Report of an investigation into the causes of malaria in Bombay and the measures necessary for its control
Disease focus: Malaria
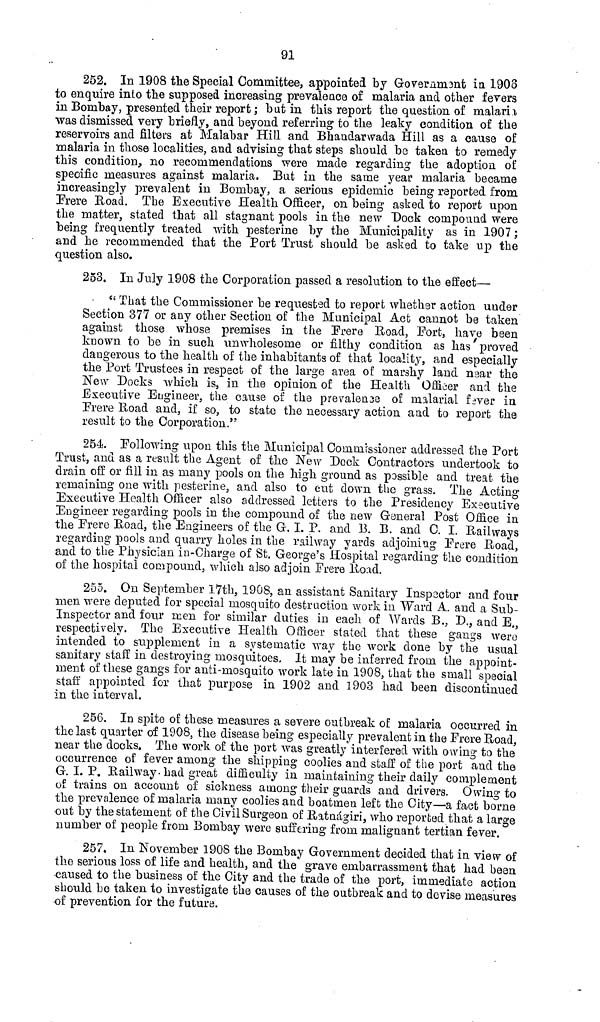
91
252. In 1908 the Special Committee, appointed by Government in 1908
to enquire into the supposed increasing prevalence of malaria and other fevers
in Bombay, presented their report ; but in this report the question of malaria
was dismissed very briefly, and beyond referring to the leaky condition of the
reservoirs and filters at Malabar Hill and Bhaudarwada Hill as a cause of
malaria in those localities, and advising that steps should be taken to remedy
this condition, no recommendations were made regarding the adoption of
specific measures against malaria. Bat in the same year malaria became
increasingly prevalent in Bombay, a serious epidemic being reported from
Frere Road. The Executive Health Officer, on being asked to report upon
the matter, stated that all stagnant pools in the new Dock compound were
being frequently treated with pesterine by the Municipality as in 1907;
and he recommended that the Port Trust should be asked to take up the
question also.
253. In July 1908 the Corporation passed a resolution to the effect—
" That the Commissioner be requested to report whether action under
Section 377 or any other Section of the Municipal Act cannot be taken
against those whose premises in the Frere Road, Port, have been
known to be in such unwholesome or filthy condition as has proved
dangerous to the health of the inhabitants of that locality, and especially
the Port Trustees in respect of the large area of marshy land near the
New Docks which is, in the opinion o£ the Health Officer and the
Executive Engineer, the cause of the prevalece of malarial fever in
Frere Road and, if so, to state the necessary action and to report the
result to the Corporation."
254. Following upon this the Municipal Commissioner addressed the Port
Trust, and as a result the Agent of the New Dock Contractors undertook to
drain off or fill in as many pools on the high ground as passible and treat the
remaining one with pesterine, and also to cut down the grass. The Acting
Executive Health Officer also addressed letters to the Presidency Executive
Engineer regarding pools in the compound of the new General Post Office in
the Frere Road, the Engineers of the G. I. P. and B. B. and C. I. Railways
regarding pools and quarry holes in the railway yards adjoining Frere Road,
and to the Physician in-Charge of St. George's Hospital regarding the condition
of the hospital compound, which also adjoin Frere Road.
255. On September 17th, 1908, an assistant Sanitary Inspector and four
men were deputed for special mosquito destruction work in Ward A. and a Sub-
Inspector and four men for similar duties in each of Wards B., D., and E.,
respectively. The Executive Health Officer stated that these gangs were
intended to supplement in a systematic way the work done by the usual
sanitary staff in destroying mosquitoes. It may be inferred from the appoint-
ment of these gangs for anti-mosquito work late in 1908, that the small special
staff appointed for that purpose in 1902 and 1903 had been discontinued
in the interval.
256. In spite of these measures a severe outbreak of malaria occurred in
the last quarter of 1908, the disease being especially prevalent in the Frere Road,
near the docks. The work of the port was greatly interfered with owing to the
occurrence of fever among the shipping coolies and staff of the port and the
G. I. P. Railway-bad great difficulty in maintaining their daily complement
of trains on account of sickness among their guards and drivers. Owing to
the prevalence of malaria many coolies and boatmen left the City—a fact borne
out by the statement of the Civil Surgeon of Ratnágiri, who reported that a large
number of people from Bombay were suffering from malignant tertian fever.
257. In November 1908 the Bombay Government decided that in view of
the serious loss of life and health, and the grave embarrassment that had been
caused to the business of the City and the trade of the port, immediate action
should be taken to investigate the causes of the outbreak and to devise measures
of prevention for the future.